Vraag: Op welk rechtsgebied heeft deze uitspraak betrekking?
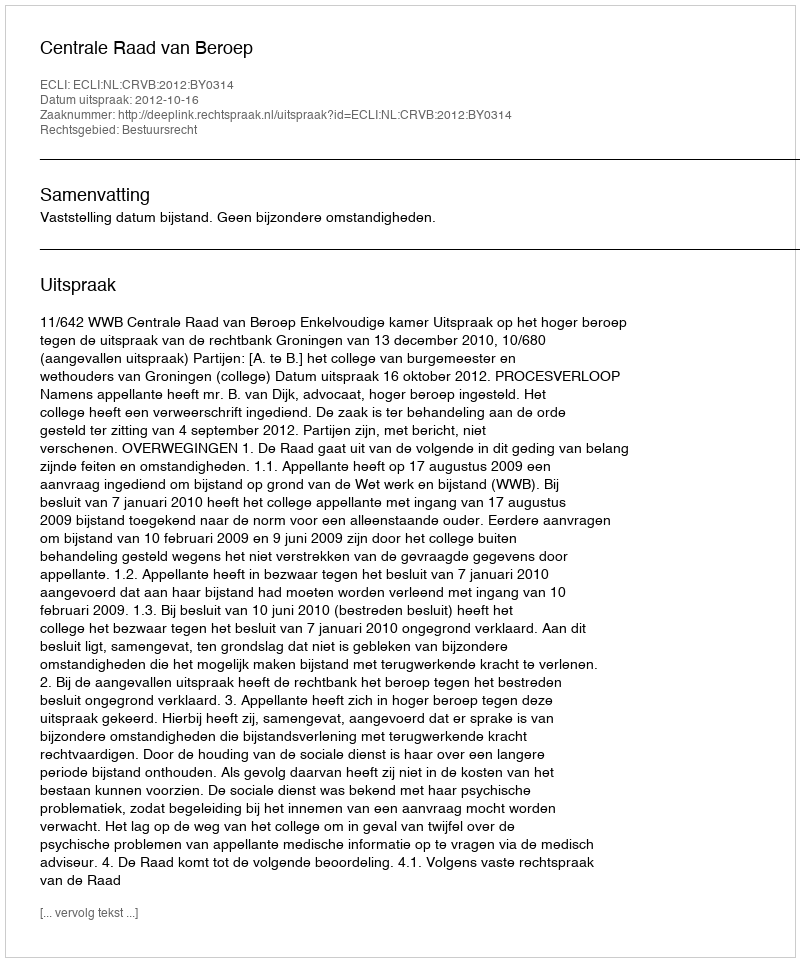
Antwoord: Bestuursrecht